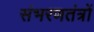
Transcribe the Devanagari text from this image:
संभरणतंत्रों